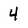
Character: 4